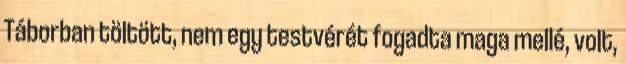
Táborban töltött, nem egy testvérét fogadta maga mellé, volt,